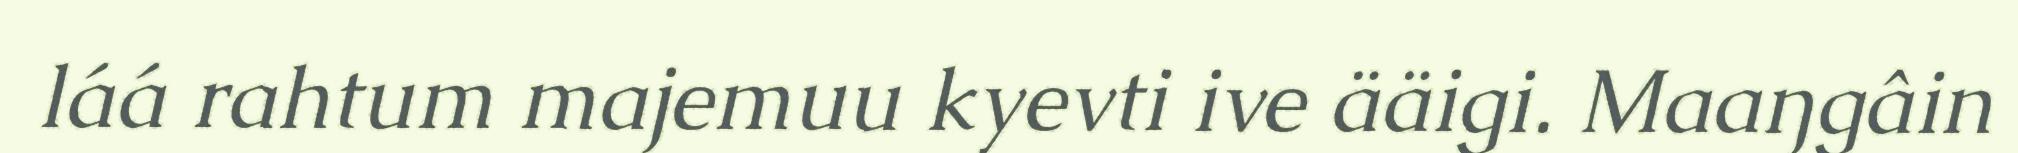
láá rahtum majemuu kyevti ive ääigi. Maaŋgâin